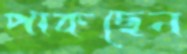
পাকছেন